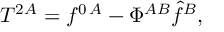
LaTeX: T ^ { 2 A } = f ^ { 0 \, A } - \Phi ^ { A B } \hat { f } ^ { B } ,